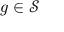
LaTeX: g \in { \mathcal { S } }